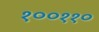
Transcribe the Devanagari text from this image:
१००११०